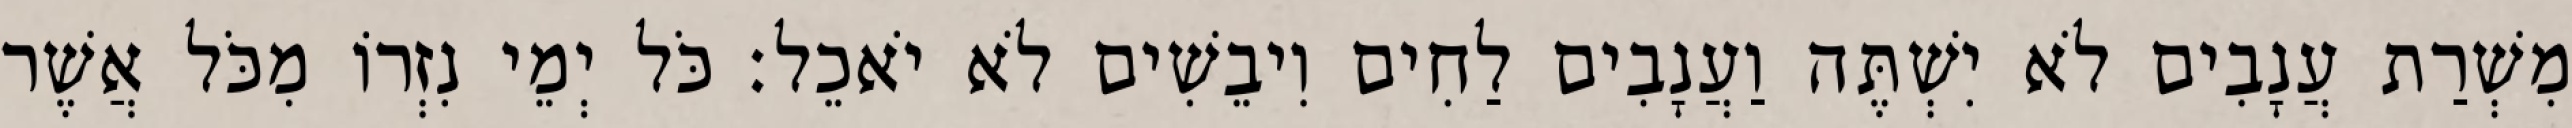
מִשְׁרַת עֲנָבִים לֹא יִשְׁתֶּה וַעֲנָבִים לַחִים וִיבֵשִׁים לֹא יֹאכֵל׃ כֹּל יְמֵי נִזְרוֹ מִכֹּל אֲשֶׁר